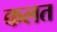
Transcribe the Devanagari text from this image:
कलत